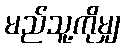
မည်သူ့ကိုမျှ